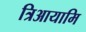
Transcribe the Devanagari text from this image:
त्रिआयामि